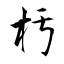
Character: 杇